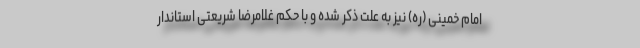
امام خمینی (ره) نیز به علت ذکر شده و با حکم غلامرضا شریعتی استاندار